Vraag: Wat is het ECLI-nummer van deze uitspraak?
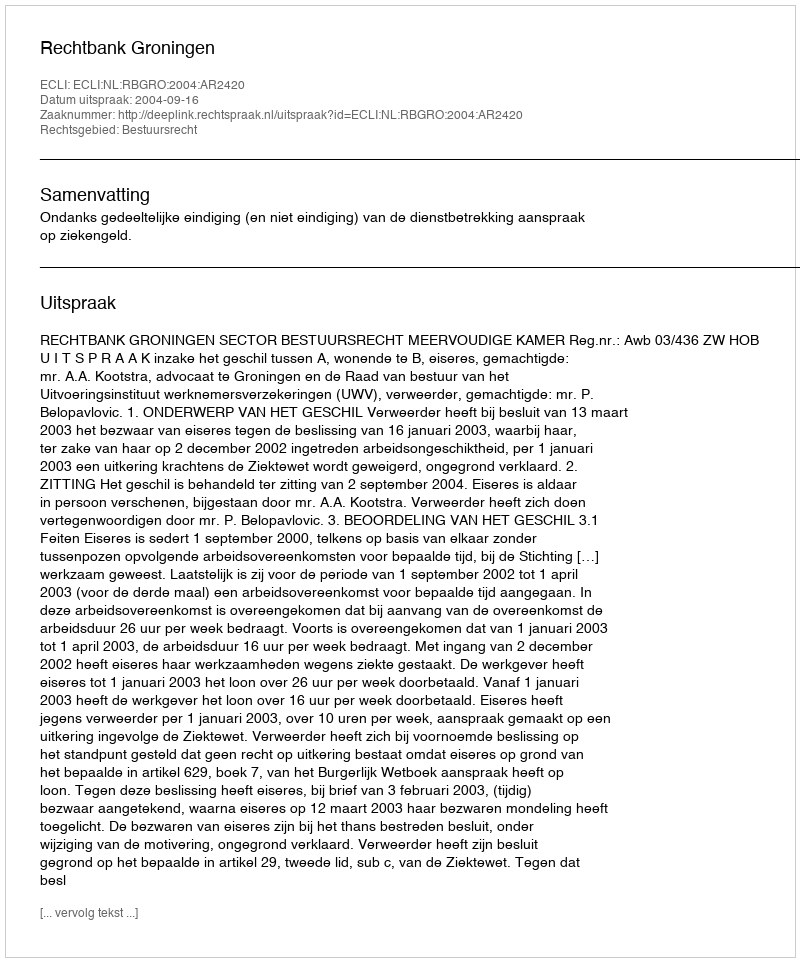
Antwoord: ECLI:NL:RBGRO:2004:AR2420